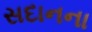
સદાનના